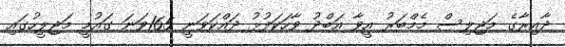
ދާއިރާގެ މަޖިލިސް މެމްބަރު އީވާ އަބްދު ވާހަކަފުޅު ދައްކަވަނީ 165ވަނަ ގައުމީ މަޖިލީހުގައި